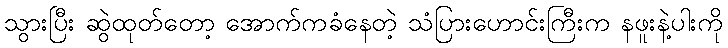
သွားပြီး ဆွဲထုတ်တော့ အောက်ကခံနေတဲ့ သံပြားဟောင်းကြီးက နဖူးနဲ့ပါးကို